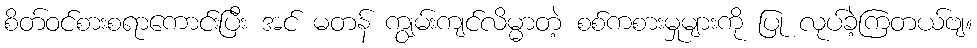
စိတ်ဝင်စားစရာကောင်းပြီး အင် မတန် ကျွမ်းကျင်လိမ္မာတဲ့ စစ်ကစားမှုများကို ပြု လုပ်ခဲ့ကြတယ်ဗျ။